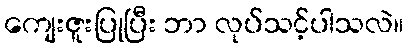
ကျေးဇူးပြုပြီး ဘာ လုပ်သင့်ပါသလဲ။